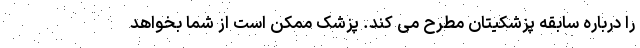
را درباره سابقه پزشکیتان مطرح می کند. پزشک ممکن است از شما بخواهد